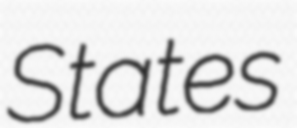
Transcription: States